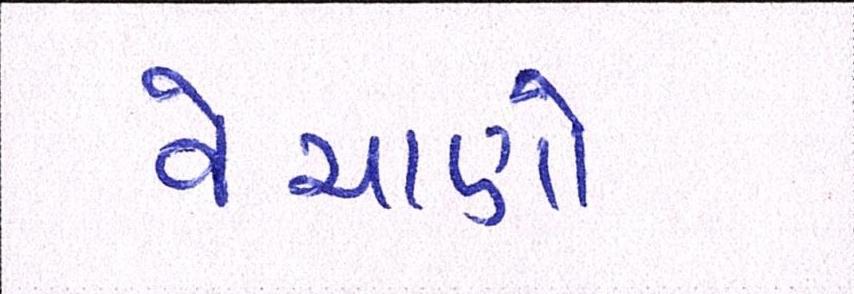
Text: વેચાણો